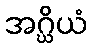
အဂ္ဃိယံ